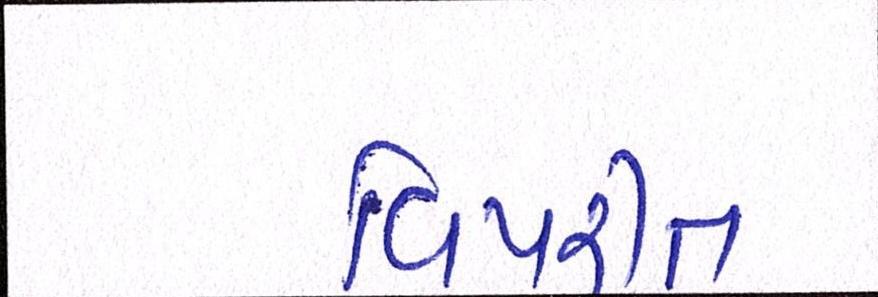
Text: વિપરીત